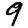
Digit: 9